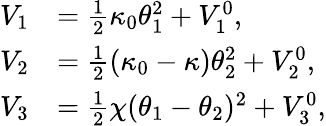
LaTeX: \begin{array}{rl}{V_{1}}&{=\frac{1}{2}\kappa_{0}\theta_{1}^{2}+V_{1}^{0},}\\ {V_{2}}&{=\frac{1}{2}(\kappa_{0}-\kappa)\theta_{2}^{2}+V_{2}^{0},}\\ {V_{3}}&{=\frac{1}{2}\chi(\theta_{1}-\theta_{2})^{2}+V_{3}^{0},}\end{array}